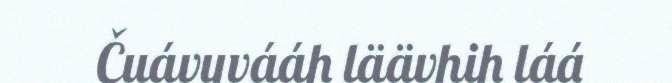
Čuávuvááh läävhih láá